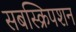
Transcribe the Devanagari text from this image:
सबस्क्रिपशन